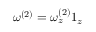
\boldsymbol { \omega } ^ { ( 2 ) } = \omega _ { z } ^ { ( 2 ) } \boldsymbol { 1 } _ { z }